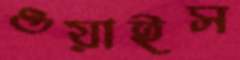
ওয়াইস